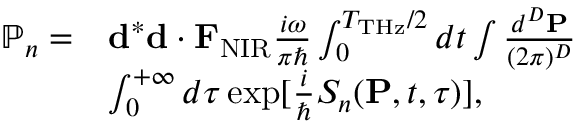
\begin{array} { r l } { \mathbb { P } _ { n } = } & { { \bf d } ^ { * } { \bf d } \cdot { \bf F } _ { \mathrm { N I R } } \frac { i \omega } { \pi \hbar } \int _ { 0 } ^ { T _ { \mathrm { T H z } } / 2 } d t \int \frac { d ^ { D } { \bf P } } { ( 2 \pi ) ^ { D } } } \\ & { \int _ { 0 } ^ { + \infty } d \tau \exp [ { \frac { i } { \hbar } S _ { n } ( { \bf P } , t , \tau ) } ] , } \end{array}